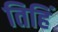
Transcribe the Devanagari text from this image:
तिहिं